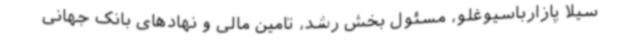
سیلا پازارباسیوغلو، مسئول بخش رشد، تامین مالی و نهادهای بانک جهانی